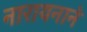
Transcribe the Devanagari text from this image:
नारायनाने